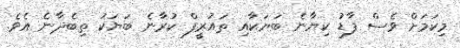
މިކަމަށް ވެސް ފާޑު ކިޔާނެ ބަޔަކާއި ތައުރީފް ކުރާނެ ބަޔަކު ތިބެދާނެ އެވެ.